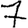
Digit: 7